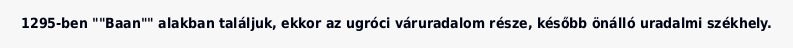
1295-ben ""Baan"" alakban találjuk, ekkor az ugróci váruradalom része, később önálló uradalmi székhely.